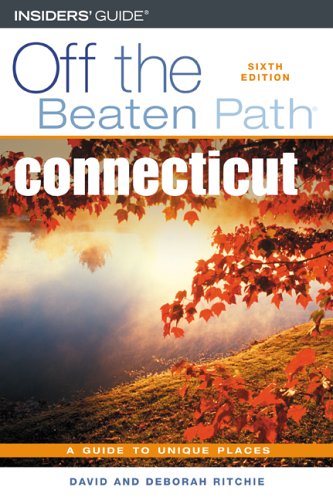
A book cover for Connecticut Off the Beaten Path, 6th (Off the Beaten Path Series); Deborah Ritchie; Travel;